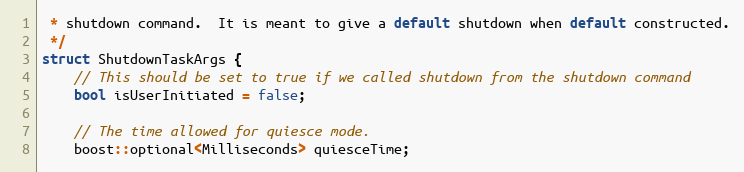
Language: C
 * shutdown command.  It is meant to give a default shutdown when default constructed.
 */
struct ShutdownTaskArgs {
    // This should be set to true if we called shutdown from the shutdown command
    bool isUserInitiated = false;

    // The time allowed for quiesce mode.
    boost::optional<Milliseconds> quiesceTime;